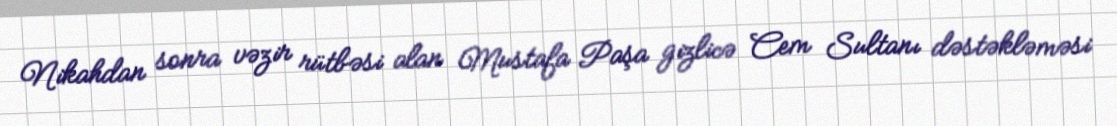
Nikahdan sonra vəzir rütbəsi alan Mustafa Paşa gizlicə Cem Sultanı dəstəkləməsi